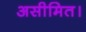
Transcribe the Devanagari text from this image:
असीमित।